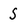
Character: S